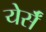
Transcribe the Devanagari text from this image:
येर्सँ